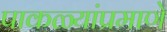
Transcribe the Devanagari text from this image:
पाकळ्यांप्रमाणे